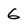
Character: 6